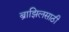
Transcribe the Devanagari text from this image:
ब्राझिलसाठी